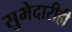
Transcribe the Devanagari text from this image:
सुभेदारीही